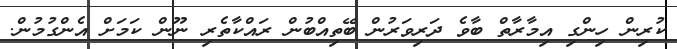
ކުރިން ހިންގި އިމާރާތް ބާވެ ދަރިވަރުން ބޭތިއްބުން ރައްކާތެރި ނޫން ކަމަށް އެންގުމުން.